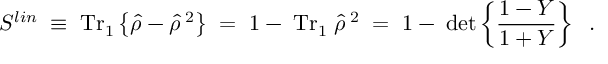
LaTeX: S ^ { l i n } \; \equiv \; \mathrm { T r } _ { 1 } \left\{ \hat { \rho } - \hat { \rho } ^ { \; 2 } \right\} \; = \; 1 - \; \mathrm { T r } _ { 1 } \; \hat { \rho } ^ { \; 2 } \; = \; 1 - \; \operatorname * { d e t } \left\{ \frac { 1 - Y } { 1 + Y } \right\} \; \; .